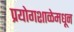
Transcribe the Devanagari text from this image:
प्रयोगशाळेमधून